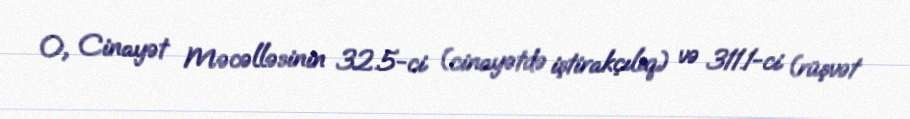
O, Cinayət Məcəlləsinin 32.5-ci (cinayətdə iştirakçılıq) və 311.1-ci (rüşvət